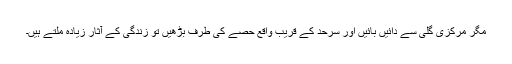
مگر مرکزی گلی سے دائیں بائیں اور سرحد کے قریب واقع حصے کی طرف بڑھیں تو زندگی کے آثار زیادہ ملتے ہیں۔